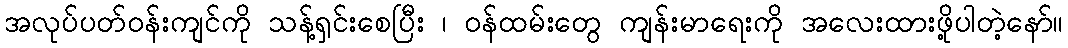
အလုပ်ပတ်ဝန်းကျင်ကို သန့်ရှင်းစေပြီး ၊ ဝန်ထမ်းတွေ ကျန်းမာရေးကို အလေးထားဖို့ပါတဲ့နော်။